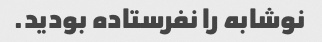
نوشابه را نفرستاده بودید.